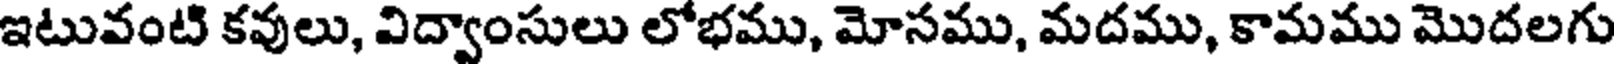
ఇటువంటి కవులు, విద్వాంసులు లోభము, మోసము, మదము, కామము మొదలగు